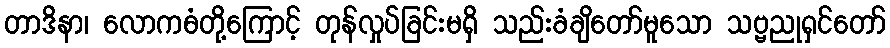
တာဒိနာ၊ လောကဓံတို့ကြောင့် တုန်လှုပ်ခြင်းမရှိ သည်းခံချိတော်မူသော သဗ္ဗညုရှင်တော်